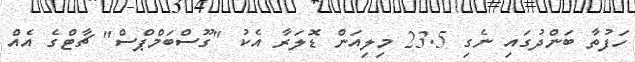
ހަފުތާ ބަންދުގައި ނެގި 23.5 މިލިއަން ޑޮލަރާ އެކު "ގޫސްބަމްޕްސް" ޗާޓްގެ އެއް